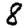
Digit: 8